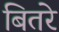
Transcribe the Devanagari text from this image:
बितरे